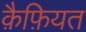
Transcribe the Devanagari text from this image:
क़ैफ़ियत